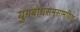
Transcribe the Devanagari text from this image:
युगबोधसमसामयिक